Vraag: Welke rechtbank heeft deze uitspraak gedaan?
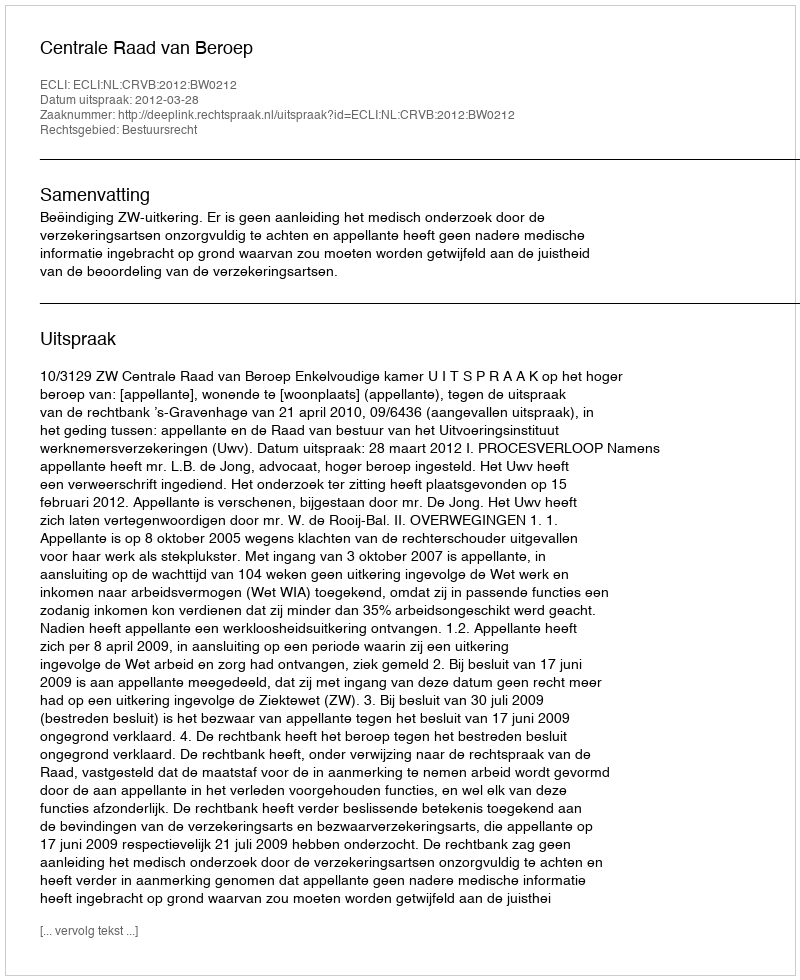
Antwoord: Centrale Raad van Beroep